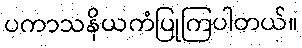
ပကာသနိယကံပြုကြပါတယ်။